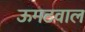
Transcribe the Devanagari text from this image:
ऊमटवाल